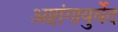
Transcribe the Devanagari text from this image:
अष्टांगायुर्वेद